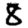
Digit: 8